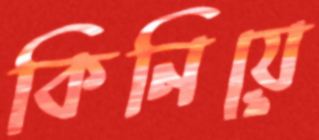
কিনিয়ে